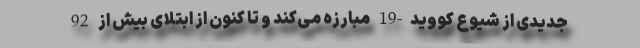
جدیدی از شیوع کووید-19 مبارزه می‌کند و تا کنون از ابتلای بیش از 92